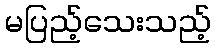
မပြည့်သေးသည့်